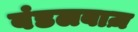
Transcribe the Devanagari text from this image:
बंडलबाज़